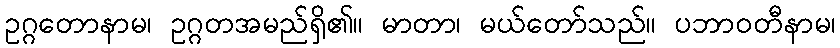
ဥဂ္ဂတောနာမ၊ ဥဂ္ဂတအမည်ရှိ၏။ မာတာ၊ မယ်တော်သည်။ ပဘာဝတီနာမ၊